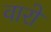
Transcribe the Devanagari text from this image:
वारो